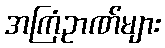
အကြံဥာဏ်များ